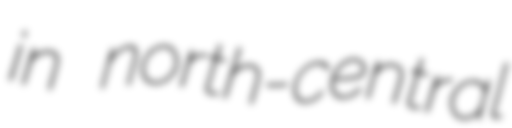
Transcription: in north-central